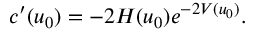
\begin{array} { r } { c ^ { \prime } ( u _ { 0 } ) = - 2 H ( u _ { 0 } ) e ^ { - 2 V ( u _ { 0 } ) } . } \end{array}